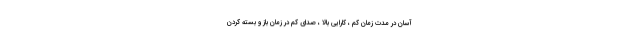
آسان در مدت زمان کم ، کارایی بالا ، صدای کم در زمان باز و بسته کردن